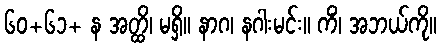
၆၀+၆၁+ န အတ္ထိ၊ မရှိ။ နာဂ၊ နဂါးမင်း။ ကိံ၊ အဘယ်ကို။